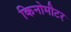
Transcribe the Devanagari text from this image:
किनोमीटर